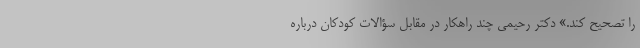
را تصحیح کند.» دکتر رحیمی چند راهکار در مقابل سؤالات کودکان درباره